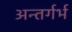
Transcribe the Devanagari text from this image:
अन्तर्गर्भ